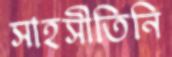
সাহসীতিনি